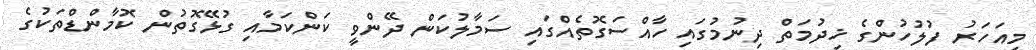
މިއަހަރު ފުލުހުންގެ ޚިދުމަތް ދިނުމުގައި ހާއްސަގޮތެއްގައި ސަމާލުކަން ދޭންވީ ކަންކަމާއި ގުޅޭގޮތުން ކޮމާންޑްތަކުގެ